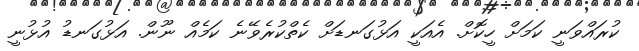
ކުރައްވަނީ ކަމަށް ހީކޮށް. އެއަކީ އަޅުގަނޑަށް ކެތްކުރެވޭނެ ކަމެއް ނޫން. އަޅުގަނޑު އުޅުނީ